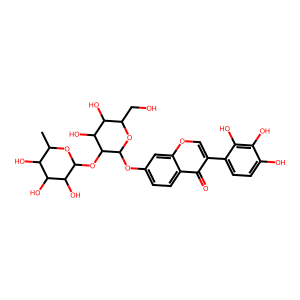
SMILES: CC1OC(OC2C(Oc3ccc4c(=O)c(-c5ccc(O)c(O)c5O)coc4c3)OC(CO)C(O)C2O)C(O)C(O)C1O
Inhibits HIV replication: No